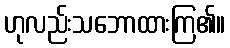
ဟုလည်းသဘောထားကြ၏။